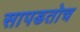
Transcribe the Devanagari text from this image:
सापडतोच